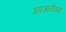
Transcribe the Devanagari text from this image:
अपजातीच्या